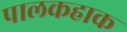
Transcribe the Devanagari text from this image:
पालकहाक